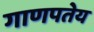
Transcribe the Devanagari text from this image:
गाणपतेय